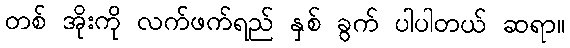
တစ် အိုးကို လက်ဖက်ရည် နှစ် ခွက် ပါပါတယ် ဆရာ။